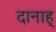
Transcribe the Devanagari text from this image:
दानाह्